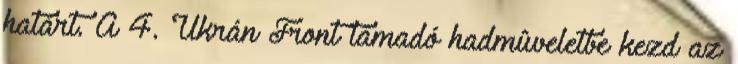
határt. A 4. Ukrán Front támadó hadmûveletbe kezd az